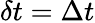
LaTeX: \delta t=\Delta t